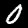
Label: 0